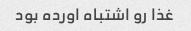
غذا رو اشتباه اورده بود